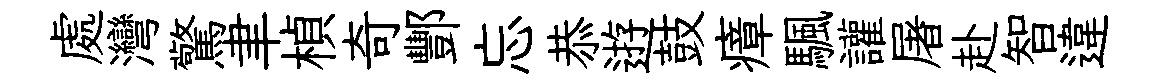
處灣驚聿楨奇酆忘恭逰鼓瘴颿讙屠赴智違